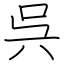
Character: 呉